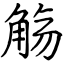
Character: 觞